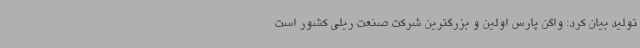
تولید بیان کرد: واگن پارس اولین و بزرگترین شرکت صنعت ریلی کشور است